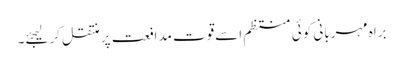
براہ مہربانی کوئی منتظم اسےقوت مدافعت پر منتقل کرلیجئے۔